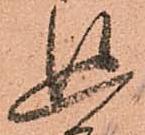
追